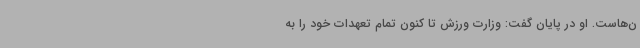
ن‌هاست. او در پایان گفت: وزارت ورزش تا کنون تمام تعهدات خود را به